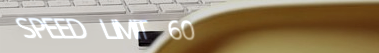
SPEED LIMIT 60